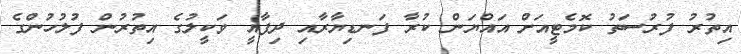
އިތުރު ފުރުސަތު ކޮމެޓީއަށް އައްޔަން ކުރާ ފަނޑިޔާރާއި ދިފާއީ ވަކީލުގެ އިތުރުން ފުލުހުންގެ